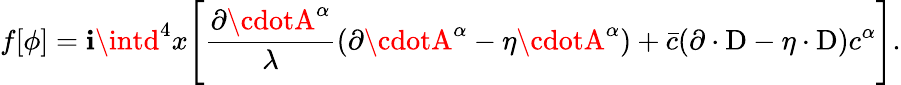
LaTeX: f[\phi]=\mathbf{i}\intd^{4}x\Biggl[{\frac{{\partial\cdotA^{\alpha}}}{{\lambda}}}(\partial\cdotA^{\alpha}-\eta\cdotA^{\alpha})+{\bar{{c}}}(\partial\cdot\mathrm{{D}}-\eta\cdot\mathrm{{D}})c^{\alpha}\Biggr].